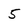
Character: 5